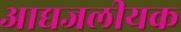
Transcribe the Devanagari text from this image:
आद्यजलीयक